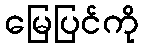
မြေပြင်ကို